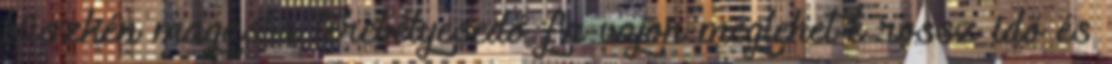
büszkén magasba terebélyesedő fa vajon meglehet-e rossz idő és